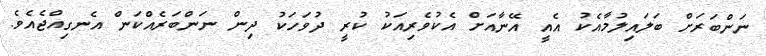
ނަންބަރަށް ބަލައިލުމާއެކު އެއީ އޭނާއަށް އެކުވެރިއަކު ކުރީ ދުވަހަކު ދިން ނަންބަރެއްކަން އެނގިއްޖެއެވެ.